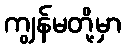
ကျွန်မတို့မှာ